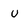
Character: u